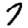
Digit: 7